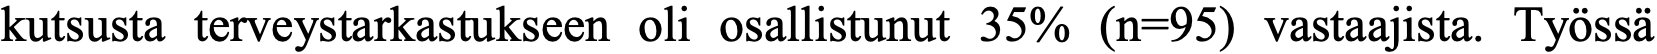
kutsusta terveystarkastukseen oli osallistunut 35% (n=95) vastaajista. Työssä